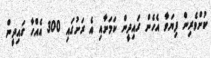
ކުށްވެރިން ފިޔަވާ އެހެން ގައިދީން ކަމަށާއި އެ ރަށުގައި 300 އެއްހާ ގައިދީން